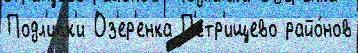
Подл'ипк'и Оз'ер'енка П'етр'ищево райо́нов